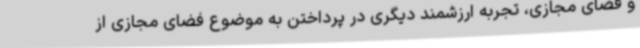
و فضای مجازی، تجربه ارزشمند دیگری در پرداختن به موضوع فضای مجازی از